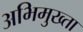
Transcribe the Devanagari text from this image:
अभिमुख्ता